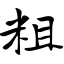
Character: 粗